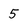
Character: 5